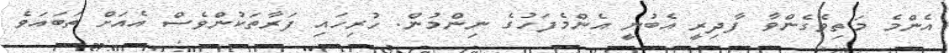
އެންމެ މަތިވެގެންވާ ފާދިރީ އެބުނީ އެންމެފަހުގެ ނިންމުން. ހުރިހައި ފަރާތަކުންވެސް އެއަށް ތަބައަވެ